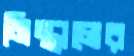
মিস্ত্রালের